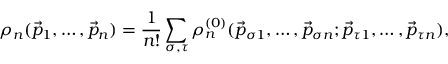
\rho _ { n } ( \vec { p } _ { 1 } , \ldots , \vec { p } _ { n } ) = \frac { 1 } { n ! } \sum _ { \sigma , \tau } \rho _ { n } ^ { ( 0 ) } ( \vec { p } _ { \sigma 1 } , \ldots , \vec { p } _ { \sigma n } ; \vec { p } _ { \tau 1 } , \ldots , \vec { p } _ { \tau n } ) ,